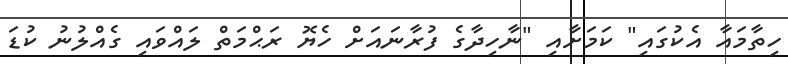
ހިތާމައާ އެކުގައި" ކަމަށާއި "ނާހިދާގެ ފުރާނައަށް ހެޔޮ ރަޙްމަތް ލައްވައި ގެއްލުނު ކުޑަ